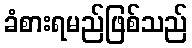
ခံစားရမည်ဖြစ်သည်